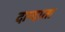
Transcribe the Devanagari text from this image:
दान्दाता